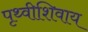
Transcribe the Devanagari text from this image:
पृथ्वीशिवाय